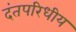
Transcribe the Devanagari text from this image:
दंतपरिधीय